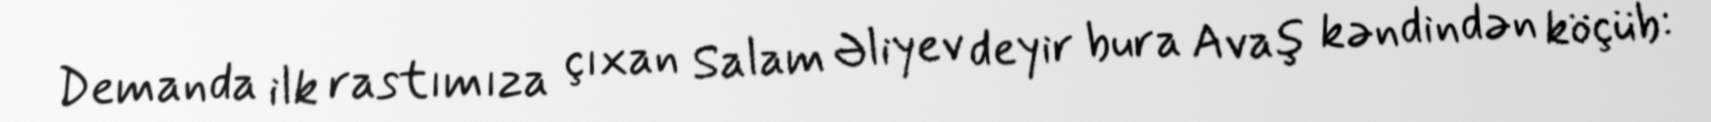
Demanda ilk rastımıza çıxan Salam Əliyev deyir bura Avaş kəndindən köçüb: